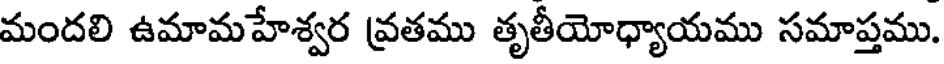
మందలి ఉమామహేశ్వర వ్రతము తృతీయోధ్యాయము సమాప్తము.